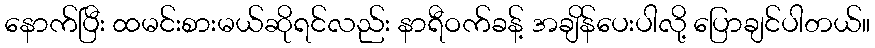
နောက်ပြီး ထမင်းစားမယ်ဆိုရင်လည်း နာရီဝက်ခန့် အချိန်ပေးပါလို့ ပြောချင်ပါတယ်။